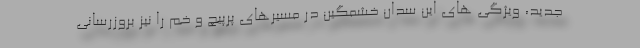
جدید، ویژگی های این سدان خشمگین در مسیرهای پرپیچ و خم را نیز بروزرسانی